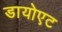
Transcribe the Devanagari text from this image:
डायोएट